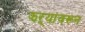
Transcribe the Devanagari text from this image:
झऱ्यांवरून